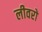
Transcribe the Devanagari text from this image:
लीवरो